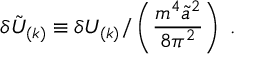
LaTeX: \delta { \tilde { \cal U } } _ { ( k ) } \equiv \delta { \cal U } _ { ( k ) } / \left( \frac { m ^ { 4 } { \tilde { a } } ^ { 2 } } { 8 \pi ^ { 2 } } \right) \ .